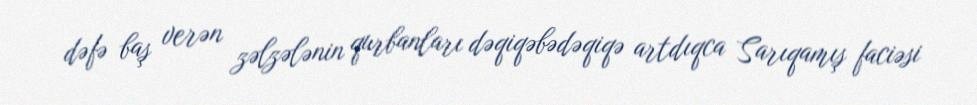
dəfə baş verən zəlzələnin qurbanları dəqiqəbədəqiqə artdıqca Sarıqamış faciəsi